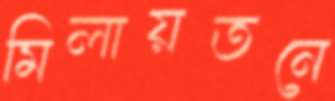
মিলায়তনে